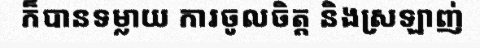
ក៏បានទម្លាយ ការចូលចិត្ត និងស្រឡាញ់